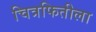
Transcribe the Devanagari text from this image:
चित्रफितीला